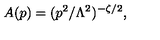
A ( p ) = ( p ^ { 2 } / \Lambda ^ { 2 } ) ^ { - \zeta / 2 } ,